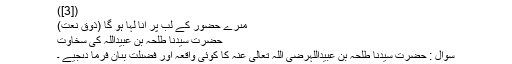
([3])
مىرے حضور کے لَب پر اَنَا لَہَا ہو گا (ذوقِ نعت)
حضرتِ سَیِّدُنا طلحہ بِن عُبَیْدُاللہ کی سخاوت
سُوال : حضرتِ سَیِّدُنا طلحہ بِن عُبَیْدُاللہرَضِیَ اللّٰہُ تَعَالٰی عَنْہُ کا کوئى واقعہ اور فضىلت بىان فرما دىجیے ۔